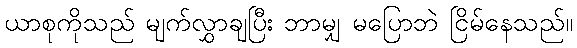
ယာစုကိုသည် မျက်လွှာချပြီး ဘာမျှ မပြောဘဲ ငြိမ်နေသည်။